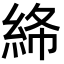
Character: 𥿸